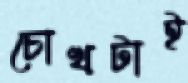
চোখটাই